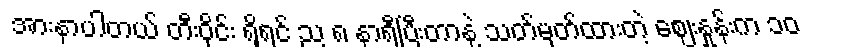
အားနာပါတယ် တီးဝိုင်း ရှိရင် ည ၈ နာရီပြီးတာနဲ့ သတ်မှတ်ထားတဲ့ ဈေးနှုန်းက ၁၀